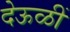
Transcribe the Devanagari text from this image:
देऊळीं